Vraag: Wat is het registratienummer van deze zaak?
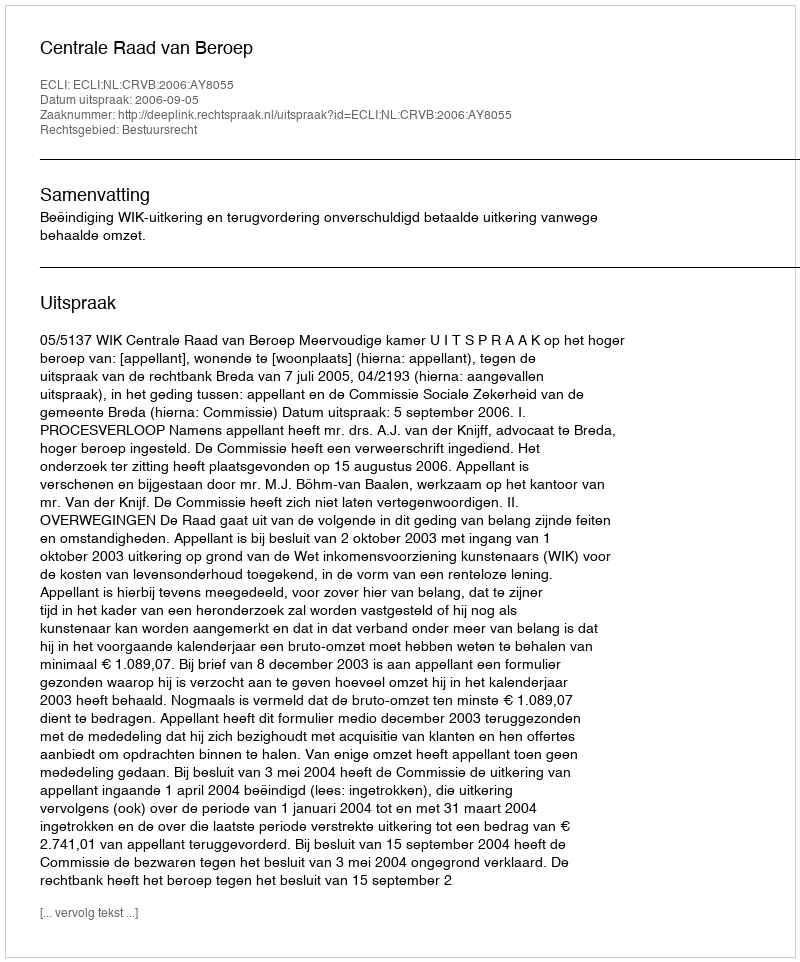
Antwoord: http://deeplink.rechtspraak.nl/uitspraak?id=ECLI:NL:CRVB:2006:AY8055